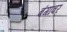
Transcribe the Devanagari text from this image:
बंगांवर